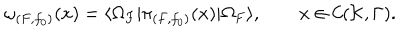
LaTeX: \omega _ { ( F , f _ { 0 } ) } ( x ) = \langle \Omega _ { F } | \pi _ { ( F , f _ { 0 } ) } ( x ) | \Omega _ { F } \rangle , \qquad x \in { \cal C } ( { \cal K } , \Gamma ) .